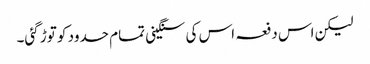
لیکن اس دفعہ اس کی سنگینی تمام حدود کو توڑ گئی۔